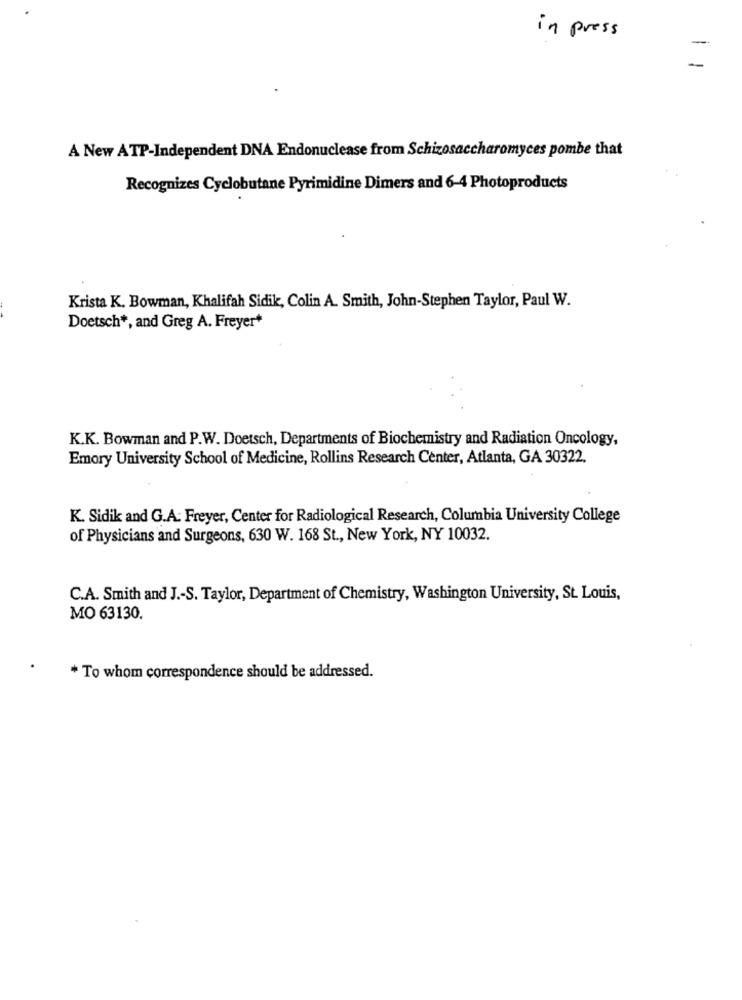
in press
A New ATP-Independent DNA Endonuclease from Schizosaccharomyces pombe that
Recognizes Cyclobutane Pyrimidine Dimers and 6-4 Photoproducts
Krista K. Bowman, Khalifah Sidik, Colin A. Smith, John-Stephen Taylor, Paul W.
Doetsch *, and Greg A. Freyer*
K.K. Bowman and P.W. Doetsch, Departments of Biochemistry and Radiation Oncology,
Emory University School of Medicine, Rollins Research Center, Atlanta, GA 30322.
K. Sidik and G.A. Freyer, Center for Radiological Research, Columbia University College
of Physicians and Surgeons, 630 W. 168 St ., New York, NY 10032.
C.A. Smith and J .- S. Taylor, Department of Chemistry, Washington University, St. Louis,
MO 63130.
* To whom correspondence should be addressed.